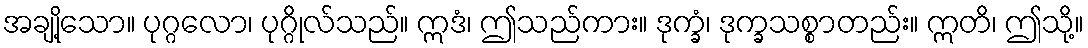
အချို့သော။ ပုဂ္ဂလော၊ ပုဂ္ဂိုလ်သည်။ ဣဒံ၊ ဤသည်ကား။ ဒုက္ခံ၊ ဒုက္ခသစ္စာတည်း။ ဣတိ၊ ဤသို့။